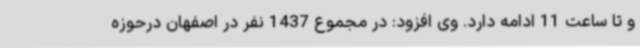
و تا ساعت 11 ادامه دارد. وی افزود: در مجموع 1437 نفر در اصفهان درحوزه